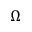
\Omega